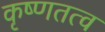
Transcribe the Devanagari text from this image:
कृष्णतत्व